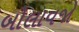
બોલાવજો